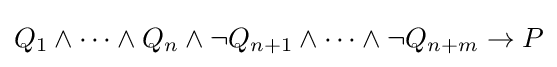
Q_{1}\wedge \dots \wedge Q_{n}\wedge \neg Q_{n+1}\wedge \dots \wedge \neg Q_{n+m}\rightarrow P